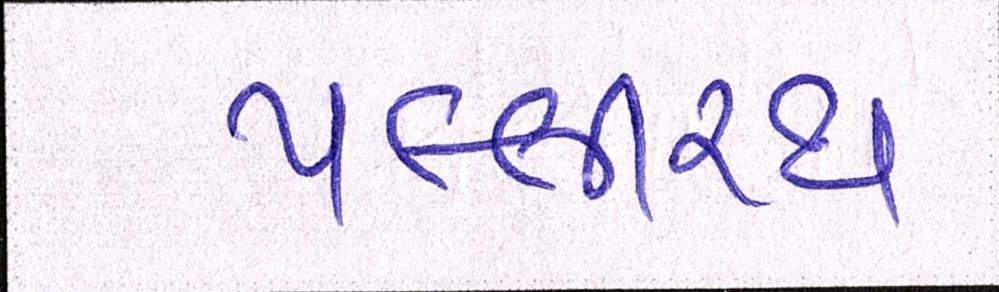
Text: પલ્લીરથ